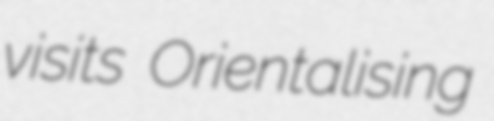
visits Orientalising